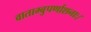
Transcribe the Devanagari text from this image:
वाताम्बुपर्णाशनाः।